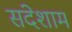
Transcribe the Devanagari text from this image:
संदेशाम